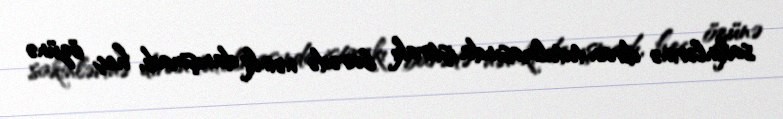
sakinlərinə divan tutulmasında iştirakı barədə nəinki danışmadı, heç özünə